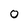
Character: 0